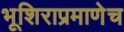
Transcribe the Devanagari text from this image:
भूशिराप्रमाणेच